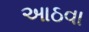
આઠવા